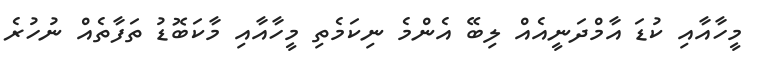
މީހާއާއި ކުޑަ އާމްދަނީއެއް ލިބޭ އެންމެ ނިކަމެތި މީހާއާއި މާކަބޮޑު ތަފާތެއް ނުހުރެ